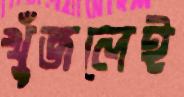
খুঁজলেই